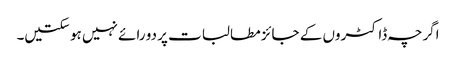
اگرچہ ڈاکٹروں کے جائز مطالبات پر دو رائے نہیں ہو سکتیں۔